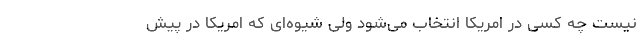
نیست چه کسی در امریکا انتخاب می‌شود ولی شیوه‌ای که امریکا در پیش